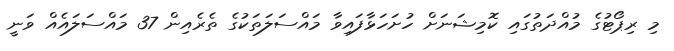
މި ރިޕޯޓުގެ މުއްދަތުގައި ކޮމިޝަނަށް ހުށަހަޅާފައިވާ މައްސަލަތަކުގެ ތެރެއިން 37 މައްސަލައެއް ވަނީ